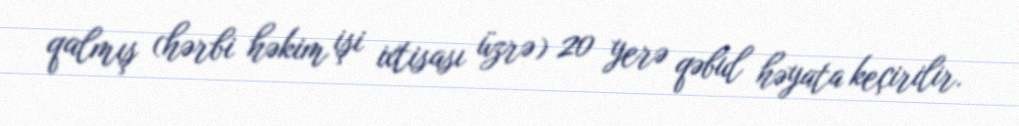
qalmış (hərbi həkim işi ixtisası üzrə) 20 yerə qəbul həyata keçirilir.